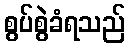
စွပ်စွဲခံရသည်